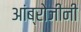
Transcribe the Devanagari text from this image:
आंब्रोजीनी